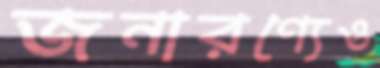
জনারণ্যেও